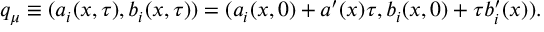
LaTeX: q _ { \mu } \equiv ( a _ { i } ( x , \tau ) , b _ { i } ( x , \tau ) ) = ( a _ { i } ( x , 0 ) + a ^ { \prime } ( x ) \tau , b _ { i } ( x , 0 ) + \tau b _ { i } ^ { \prime } ( x ) ) .